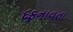
દફનાવતા